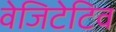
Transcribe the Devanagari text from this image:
वेजिटेटिव